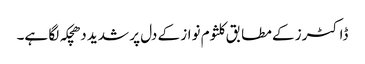
ڈاکٹرز کے مطابق کلثوم نواز کے دل پر شدید دھچکہ لگا ہے۔